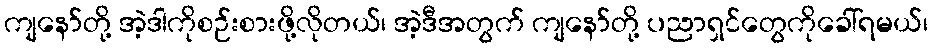
ကျနော်တို့ အဲ့ဒါကိုစဉ်းစားဖို့လိုတယ်၊ အဲ့ဒီအတွက် ကျနော်တို့ ပညာရှင်တွေကိုခေါ်ရမယ်၊